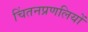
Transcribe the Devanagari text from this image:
चिंतनप्रणलियों